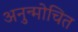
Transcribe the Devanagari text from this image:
अनुन्मोचित